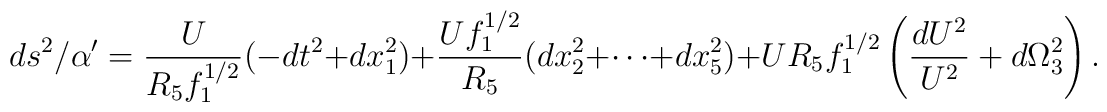
ds^2/\alpha^\prime = \frac{U}{R_5 f^{1/2}_1}( -d t^2 + d x^2_1)    + \frac{U f^{1/2}_1}{R_5} ( d x^2_2 + \cdots + d x^2_5 )     + U R_5 f^{1/2}_1 \left(\frac{d U^2}{U^2} + d \Omega^2_3 \right).